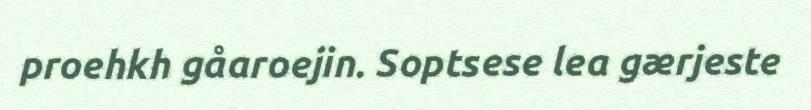
proehkh gåaroejin. Soptsese lea gærjeste